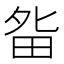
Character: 𰣃